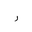
Letter: _ra